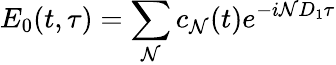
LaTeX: E_{0}(t,\tau)=\sum_{\mathcal{N}}c_{\mathcal{N}}(t)e^{-i\mathcal{N}D_{1}\tau}